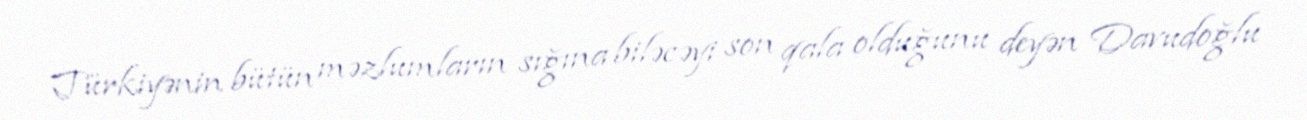
Türkiyənin bütün məzlumların sığına biləcəyi son qala olduğunu deyən Davudoğlu